Indian journal of veterinary science and animal husbandry - Volume 5,
Year: 1935
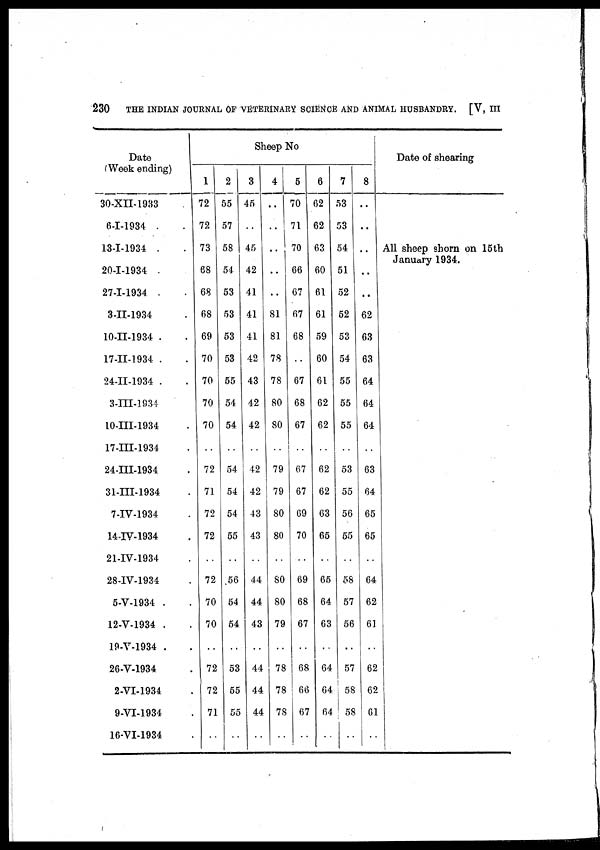
230
THE INDIAN JOURNAL OF VETERINARY SCIENCE AND ANIMAL HUSBANDRY. [V, III
Date
(Week ending)
30-XII-1933
6-I-1934 .
13-I-1934 .
20-I-1934 .
27-I-1934 .
3-II-1934
10-II-1934 .
17-II-1934 .
24-II-1934 .
3-III-1934
10-III-1934
17-III-1934
24-III-1934
31-III-1934
7-IV-1934
14-IV-1934
21-IV-1934
28-IV-1934
5-V-1934 .
12-V-1934 .
19-V-1934 .
26-V-1934
2-VI-1934
9-VI-1934
16-VI-1934
Sheep No
1
72
72
73
68
68
68
69
70
70
70
70
..
72
71
72
72
..
72
70
70
..
72
72
71
..
2
55
57
58
54
53
53
53
53
55
54
54
..
54
54
54
55
..
56
54
54
..
53
55
55
..
3
45
..
45
42
41
41
41
42
43
42
42
..
42
42
43
43
..
44
44
43
..
44
44
44
..
4
..
..
.. ..
..
81
81
78
78
80
80
..
79
79
80
80
..
80
80
79
..
78
78
78
..
5
70
71
70
66
67
67
68
..
67
68
67
..
67
67
69
70
..
69
68
67
..
68
66
67
..
6
62
62
63
60
61
61
59
60
61
62
62
..
62
62
63
65
..
65
64
63
..
64
64
64
..
7
53
53
54
51
52
52
53
54
55
55
55
..
53
55
56
55
..
58
57
56
..
57
58
58
..
8
..
..
..
..
..
62
63
63
64
64
64
..
63
64
65
65
..
64
62
61
..
62
62
61
..
Date of shearing
All sheep shorn on 15th
January 1934.